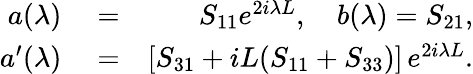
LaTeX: \begin{array}{rlr}{a(\lambda)}&{{}=}&{S_{11}e^{2i\lambda L},\quad b(\lambda)=S_{21},}\\ {a^{\prime}(\lambda)}&{{}=}&{[S_{31}+iL(S_{11}+S_{33})]\, e^{2i\lambda L}.}\end{array}